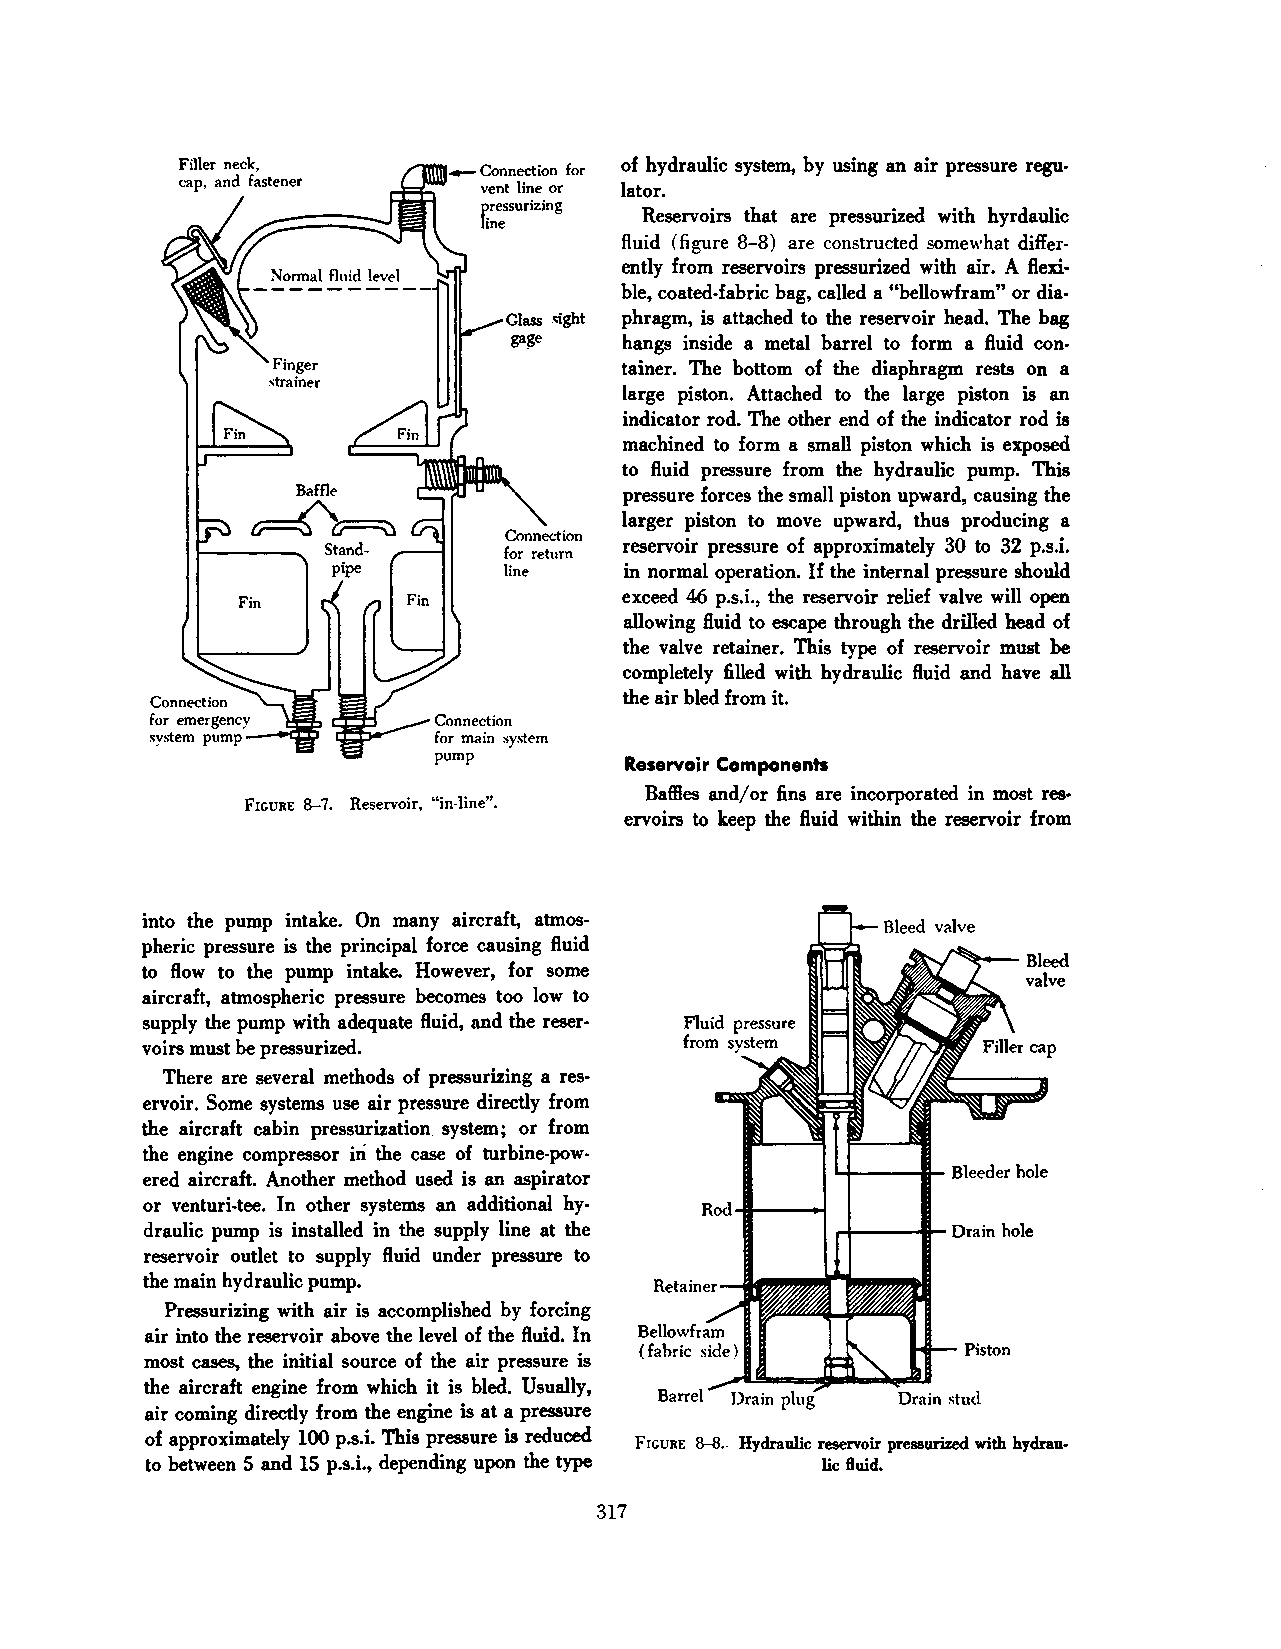
of hydraulic system, by using an air pressure regu
 lator.
 Reservoirs that are pressurized with hyrdaulic
 fluid (figure 8-8) are constructed somewhat differ
 ently from reservoirs pressurized with air. A flexi·
 ble, coated-fabric bag, called a "bellowfram" or dia
 phragm, is attached to the reservoir head. The bag
 hangs inside a metal barrel to form a fluid con
 tainer. The bottom of the diaphragm rests on a
 large piston. Attached to the large piston is an
 indicator rod. The other end of the indicator rod is
 machined to form a small piston which is exposed
 to fluid pressure from the hydraulic pump. This
 pressure forces the small piston upward, causing the
 larger piston to move upward, thus producing a
 reservoir pressure of approximately 30 to 32 p.s.i.
 in normal operation. If the internal pressure should
 exceed 46 p.s.i., the reservoir relief valve will open
 allowing fluid to escape through the drilled bead of
 the valve retainer. This type of reservoir must be
 completely filled with hydraulic fluid and have all
 Connection                      the air bled from it.
 for emergency      Connection
 system pump---~    for main sy~iem
 pump
 Reservoir Components
 Baffies and/o r fins are incorporated in most res·
 FIGURE 8-7. Reservoir, "in-line".
 ervoirs to keep the fluid within the reservoir from
 into the pump intake. On many aircraft, atmos
 pheric pressure is the principal force causing fluid
 to flow to the pump intake. However, for some
 aircraft, atmospheric pressure becomes too low to
 supply the pump with adequate fluid, and the reser
 voirs must be pressurized.
 There are several methods of pressurizing a res
 ervoir. Some systems use air pressure directly from
 the aircraft cabin pressurization system; or from
 in
 the engine compressor the case of turbine-pow
 ered aircraft. Another method used is an aspirator
 or venturi-tee. In other systems an additional hy
 draulic pump is installed in the supply line at the
 reservoir outlet to supply fluid under pressure to
 the main hydraulic pump.
 Pressurizing with air is accomplished by forcing
 air into the reservoir above the level of the fluid. In
 most cases, the initial source of the air pressure is
 the aircraft engine from which it is bled. Usually,
 Drain stud
 air coming directly from the engine is at a pressure
 of approximately 100 p.s.i. This pressure is reduced
 FIGURE 8-8.. Hydraulic reservoir pressurized with hydrau
 to between 5 and 15 p.s.i., depending upon the type lic fluid.
 317